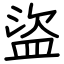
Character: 盜